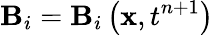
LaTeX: \mathbf{B}_{i}=\mathbf{B}_{i}\left(\mathbf{x},t^{n+1}\right)